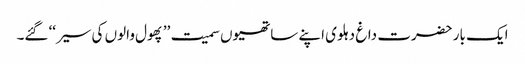
ایک بار حضرت داغ دہلوی اپنے ساتھیوں سمیت ’’پھول والوں کی سیر‘‘ گئے۔